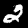
Digit: 2